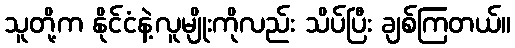
သူတို့က နိုင်ငံနဲ့လူမျိုးကိုလည်း သိပ်ပြီး ချစ်ကြတယ်။